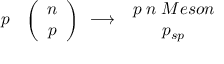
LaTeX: \begin{array} { c } { { p \; } } \end{array} \left( \begin{array} { c } { { n } } \\ { { p } } \end{array} \right) \begin{array} { c } { { \longrightarrow } } \end{array} \begin{array} { c } { { p \; n \; M e s o n } } \\ { { p _ { s p } } } \end{array}